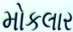
મોકલાર